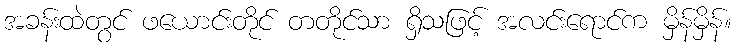
အခန်းထဲတွင် ဖယောင်းတိုင် တတိုင်သာ ရှိသဖြင့် အလင်းရောင်က မှိန်မှိန်။